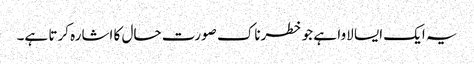
یہ ایک ایسا لاوا ہے جو خطرناک صورت حال کا اشارہ کرتا ہے۔